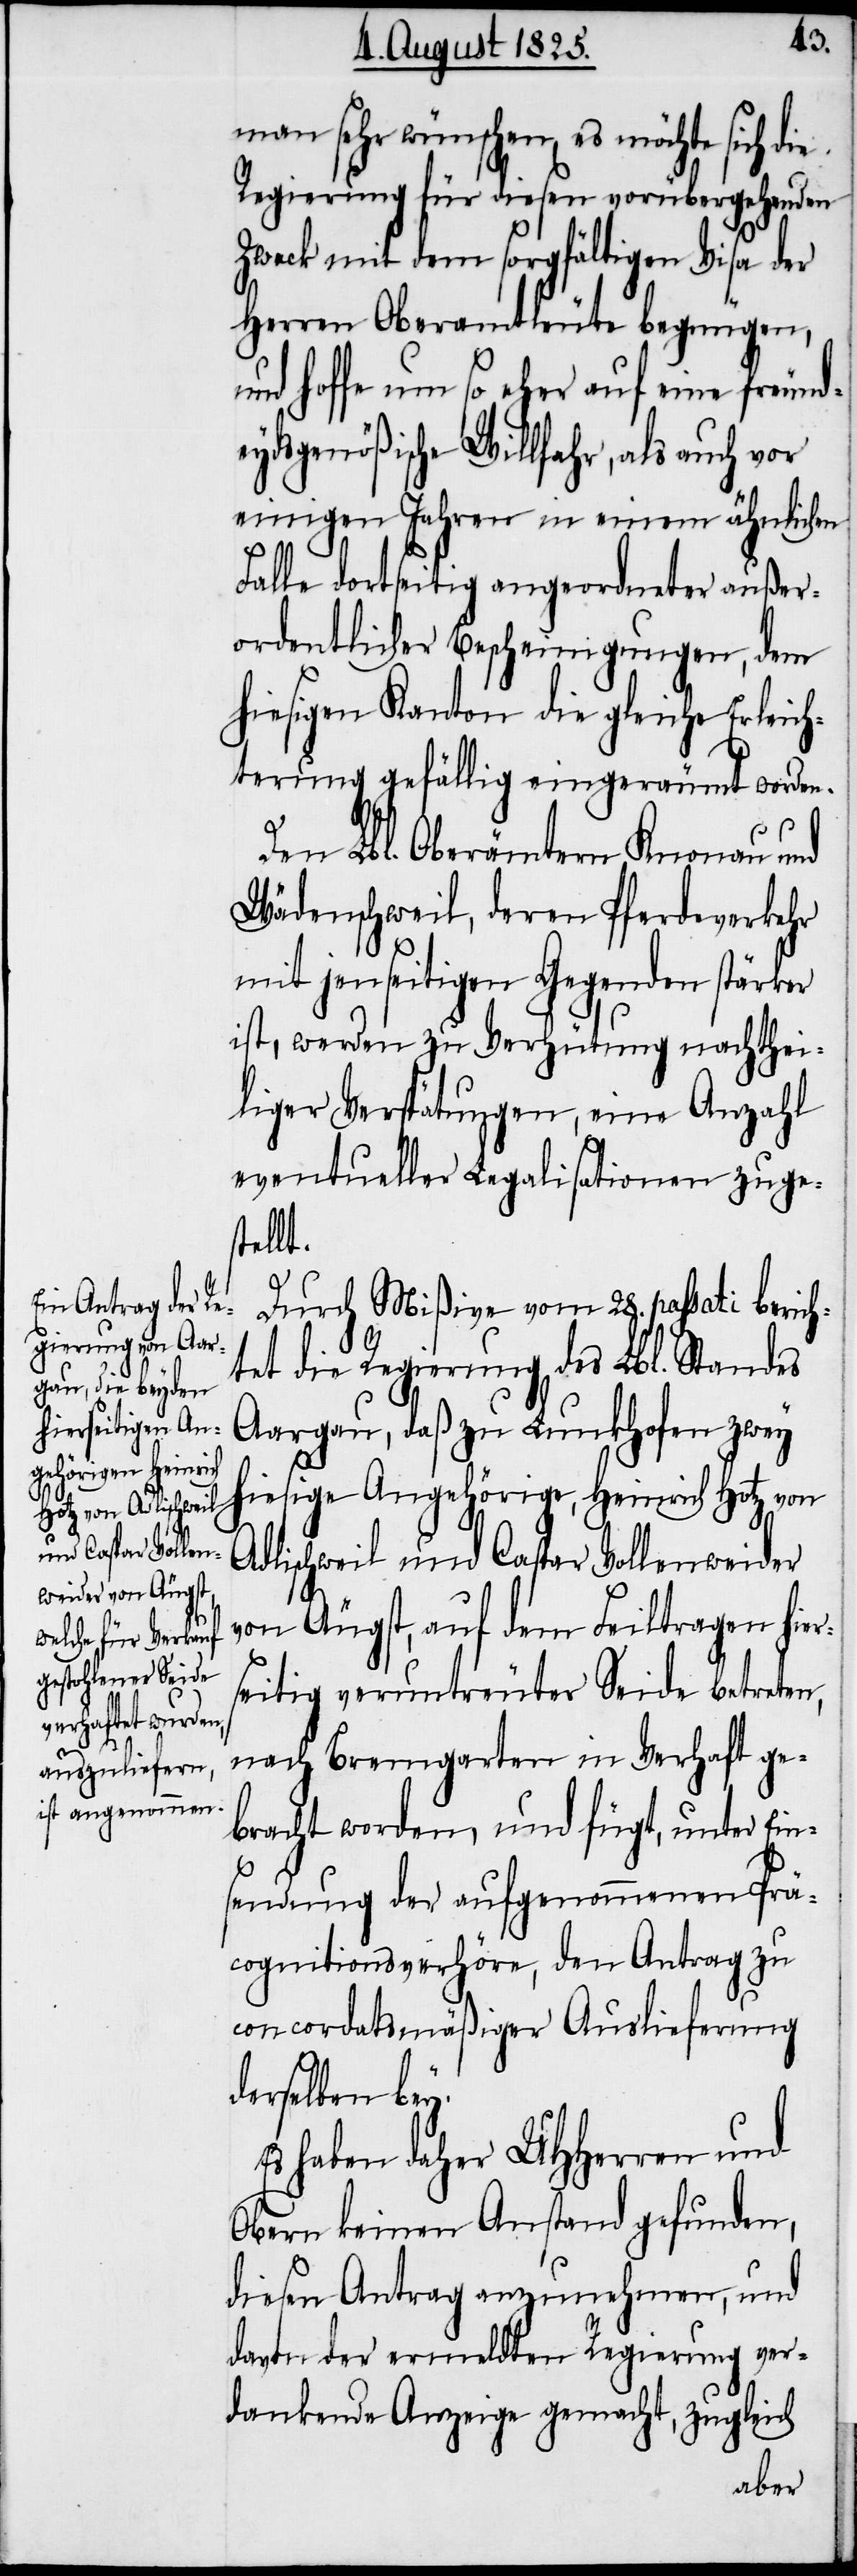
man sehr wünschen, es möchte sich die
Regierung für diesen vorübergehenden
Zweck mit dem sorgfältigen Visa der
Herren Oberamtleute begnügen,
und hoffe um so eher auf eine freund¬
eydsgenößische Willfahr, als auch vor
einigen Jahren in einem ähnlichem
Falle dortseitig angeordneter außer¬
ordentlicher Bescheinigungen, dem
hiesigen Kanton die gleiche Erleich¬
terung gefällig eingeräumt worden.
Den Lbl. Oberämtern Knonau und
Wädenschweil, deren Pferdeverkehr
mit jenseitigen Gegenden stärker
ist, werden zu Verhütung nachthei¬
liger Verspätungen, eine Anzahl
eventueller Legalisationen zuge¬
stellt.
Durch Mißive vom 28. passati berich¬
tet die Regierung des Lbl. Standes
Aargau, daß zu Lunkhofen zwey
hiesige Angehörige, Heinrich Hotz von
Adlischweil und Caspar Vollenweider
von Äugst, auf dem Feiltragen hier¬
seitig veruntreuter Seide betreten,
nach Bremgarten in Verhaft ge¬
bracht werden, und fügt, unter Ein¬
sendung der aufgenommenen Prä¬
cognitionsverhöre, den Antrag zu
concordatsmäßiger Auslieferung
derselben bey.
Es haben daher UHHerren und
Obern keinen Anstand gefunden,
diesen Antrag anzunehmen, und
davon der ermeldten Regierung ver¬
dankende Anzeige gemacht, zugleich